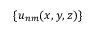
\{ u _ { n m } ( x , y , z ) \}